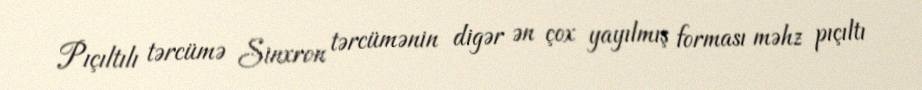
Pıçıltılı tərcümə Sinxron tərcümənin digər ən çox yayılmış forması məhz pıçıltı